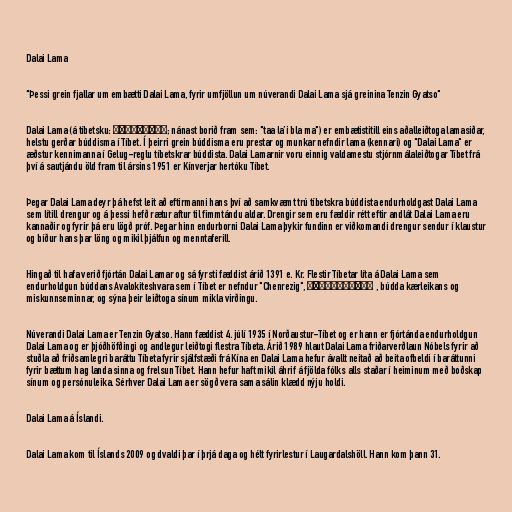
Dalai Lama

"Þessi grein fjallar um embætti Dalai Lama, fyrir umfjöllun um núverandi Dalai Lama sjá greinina Tenzin Gyatso"

Dalai Lama (á tíbetsku: ཏཱ་ལའི་བླ་མ་; nánast borið fram sem: "taa la’i bla ma") er embætistitill eins aðalleiðtoga lamasiðar,
helstu gerðar búddisma í Tíbet. Í þeirri grein búddisma eru prestar og munkar nefndir lama (kennari) og "Dalai Lama" er
æðstur kennimanna í Gelug-reglu tíbetskrar búddista. Dalai Lamarnir voru einnig valdamestu stjórnmálaleiðtogar Tíbet frá
því á sautjándu öld fram til ársins 1951 er Kínverjar hertóku Tíbet.

Þegar Dalai Lama deyr þá hefst leit að eftirmanni hans því að samkvæmt trú tíbetskra búddista endurholdgast Dalai Lama
sem lítill drengur og á þessi hefð rætur aftur til fimmtándu aldar. Drengir sem eru fæddir rétt eftir andlát Dalai Lama eru
kannaðir og fyrir þá eru lögð próf. Þegar hinn endurborni Dalai Lama þykir fundinn er viðkomandi drengur sendur í klaustur
og bíður hans þar löng og mikil þjálfun og menntaferill.

Hingað til hafa verið fjórtán Dalai Lamar og sá fyrsti fæddist árið 1391 e. Kr. Flestir Tíbetar líta á Dalai Lama sem
endurholdgun búddans Avalokiteshvara sem í Tíbet er nefndur "Chenrezig", སྤྱན་རས་གཟིགས་ , búdda kærleikans og
miskunnseminnar, og sýna þeir leiðtoga sínum mikla virðingu.

Núverandi Dalai Lama er Tenzin Gyatso. Hann fæddist 4. júlí 1935 í Norðaustur-Tíbet og er hann er fjórtánda endurholdgun
Dalai Lama og er þjóðhöfðingi og andlegur leiðtogi flestra Tíbeta. Árið 1989 hlaut Dalai Lama friðarverðlaun Nóbels fyrir að
stuðla að friðsamlegri baráttu Tíbeta fyrir sjálfstæði frá Kína en Dalai Lama hefur ávallt neitað að beita ofbeldi í baráttunni
fyrir bættum hag landa sinna og frelsun Tíbet. Hann hefur haft mikil áhrif á fjölda fólks alls staðar í heiminum með boðskap
sínum og persónuleika. Sérhver Dalai Lama er sögð vera sama sálin klædd nýju holdi.

Dalai Lama á Íslandi.

Dalai Lama kom til Íslands 2009 og dvaldi þar í þrjá daga og hélt fyrirlestur í Laugardalshöll. Hann kom þann 31.